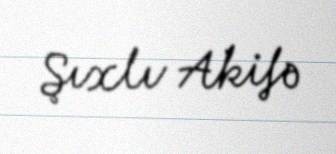
Şıxlı Akifə